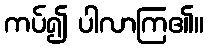
ကပ်၍ ပါလာကြ၏။